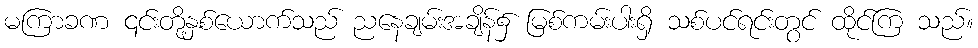
မကြာခဏ ၎င်းတို့နှစ်ယောက်သည် ညနေချမ်းအချိန်၌ မြစ်ကမ်းပါးရှိ သစ်ပင်ရင်းတွင် ထိုင်ကြ သည်။